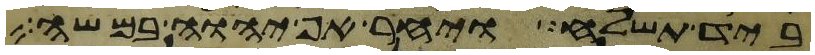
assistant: ביד תשלח ויחר אף יהוה במשה